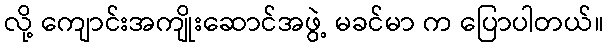
လို့ ကျောင်းအကျိုးဆောင်အဖွဲ့ မခင်မာ က ပြောပါတယ်။